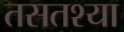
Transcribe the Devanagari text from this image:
तसतश्या